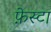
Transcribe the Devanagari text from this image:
फ़ेस्टा